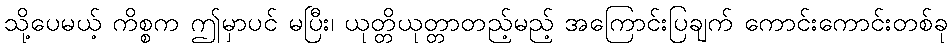
သို့ပေမယ့် ကိစ္စက ဤမှာပင် မပြီး၊ ယုတ္တိယုတ္တာတည့်မည့် အကြောင်းပြချက် ကောင်းကောင်းတစ်ခု